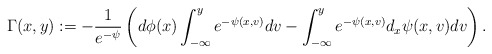
\begin{align*}\Gamma(x,y) := -\frac{1}{e^{-{\psi}}} \left( d \phi(x) \int_{-\infty}^y e^{-{\psi(x,v) }}dv - \int_{-\infty}^y e^{-{\psi(x,v)}} d_x {\psi} (x,v) dv \right).\end{align*}